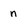
Character: n